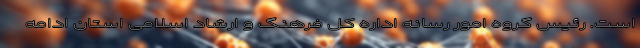
است. رئیس گروه امور رسانه اداره کل فرهنگ و ارشاد اسلامی استان ادامه